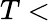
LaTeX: T<